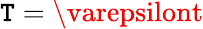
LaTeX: \mathtt{T}=\varepsilont